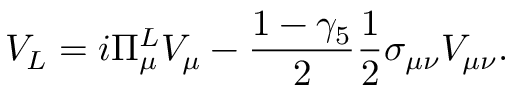
V _ { L } = i \Pi _ { \mu } ^ { L } V _ { \mu } - \frac { 1 - \gamma _ { 5 } } { 2 } \frac { 1 } { 2 } \sigma _ { \mu \nu } V _ { \mu \nu } .